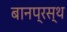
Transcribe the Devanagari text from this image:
बानप्रस्‍थ